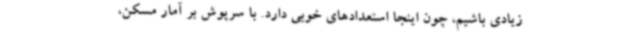
زیادی باشیم، چون اینجا استعدادهای خوبی دارد. با سرپوش بر آمار مسکن،